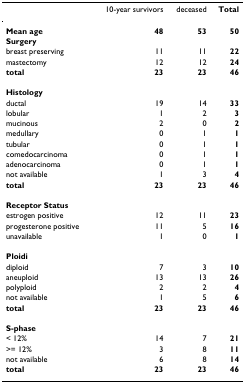
<table><thead><tr><td></td><td><b>10-year survivors</b></td><td><b>deceased</b></td><td><b>Total</b></td></tr></thead><tbody><tr><td><b>Mean age</b></td><td><b>48</b></td><td><b>53</b></td><td><b>50</b></td></tr><tr><td><b>Surgery</b></td><td></td><td></td><td></td></tr><tr><td>breast preserving</td><td>11</td><td>11</td><td><b>22</b></td></tr><tr><td>mastectomy</td><td>12</td><td>12</td><td><b>24</b></td></tr><tr><td><b>total</b></td><td><b>23</b></td><td><b>23</b></td><td><b>46</b></td></tr><tr><td><b>Histology</b></td><td></td><td></td><td></td></tr><tr><td>ductal</td><td>19</td><td>14</td><td><b>33</b></td></tr><tr><td>lobular</td><td>1</td><td>2</td><td><b>3</b></td></tr><tr><td>mucinous</td><td>2</td><td>0</td><td><b>2</b></td></tr><tr><td>medullary</td><td>0</td><td>1</td><td><b>1</b></td></tr><tr><td>tubular</td><td>0</td><td>1</td><td><b>1</b></td></tr><tr><td>comedocarcinoma</td><td>0</td><td>1</td><td><b>1</b></td></tr><tr><td>adenocarcinoma</td><td>0</td><td>1</td><td><b>1</b></td></tr><tr><td>not available</td><td>1</td><td>3</td><td><b>4</b></td></tr><tr><td><b>total</b></td><td><b>23</b></td><td><b>23</b></td><td><b>46</b></td></tr><tr><td><b>Receptor Status</b></td><td></td><td></td><td></td></tr><tr><td>estrogen positive</td><td>12</td><td>11</td><td><b>23</b></td></tr><tr><td>progesterone positive</td><td>11</td><td>5</td><td><b>16</b></td></tr><tr><td>unavailable</td><td>1</td><td>0</td><td><b>1</b></td></tr><tr><td><b>Ploidi</b></td><td></td><td></td><td></td></tr><tr><td>diploid</td><td>7</td><td>3</td><td><b>10</b></td></tr><tr><td>aneuploid</td><td>13</td><td>13</td><td><b>26</b></td></tr><tr><td>polyploid</td><td>2</td><td>2</td><td><b>4</b></td></tr><tr><td>not available</td><td>1</td><td>5</td><td><b>6</b></td></tr><tr><td><b>total</b></td><td><b>23</b></td><td><b>23</b></td><td><b>46</b></td></tr><tr><td><b>S-phase</b></td><td></td><td></td><td></td></tr><tr><td>&lt; 12%</td><td>14</td><td>7</td><td><b>21</b></td></tr><tr><td>&gt;= 12%</td><td>3</td><td>8</td><td><b>11</b></td></tr><tr><td>not available</td><td>6</td><td>8</td><td><b>14</b></td></tr><tr><td><b>total</b></td><td><b>23</b></td><td><b>23</b></td><td><b>46</b></td></tr></tbody></table>